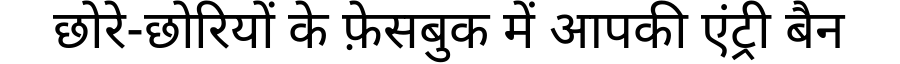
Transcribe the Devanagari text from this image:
छोरे-छोरियों के फ़ेसबुक में आपकी एंट्री बैन